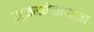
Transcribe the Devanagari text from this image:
बहुजनमेळाव्याचा